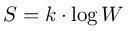
S = k \cdot \log W